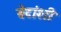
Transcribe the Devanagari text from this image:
बेटांशी